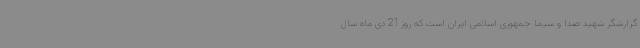
گزارشگر شهید صدا و سیما جمهوری اسلامی ایران است که روز 21 دی ماه سال